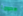
هجوما